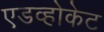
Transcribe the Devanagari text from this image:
एडव्होकेट